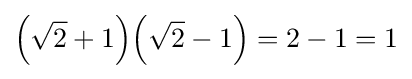
\left({\sqrt {2}}+1\right)\!\left({\sqrt {2}}-1\right)=2-1=1